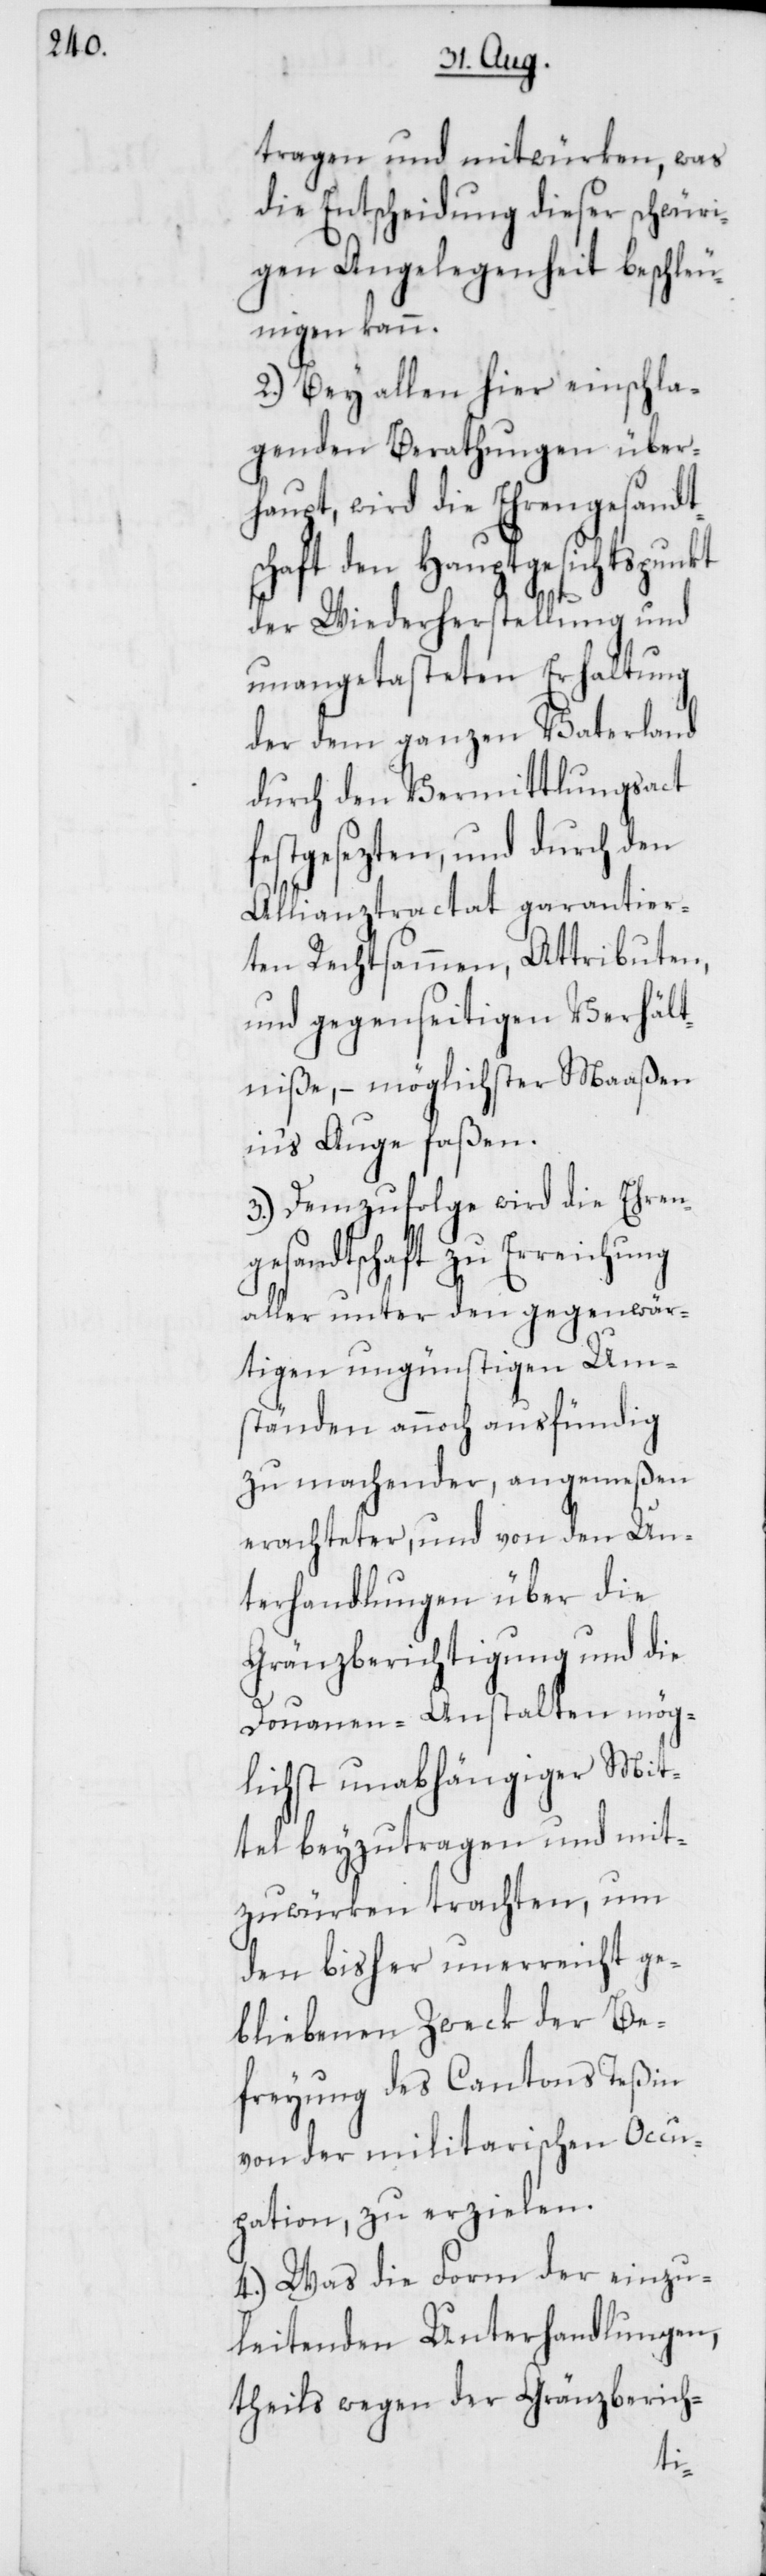
tragen und mitwürken, was
die Entscheidung dieser schwüri¬
gen Angelegenheit beschleu¬
nigen kann.
2.) Bey allen hier einschla¬
genden Berathungen über¬
haupt, wird die Ehrengesandt¬
schaft dem Hauptgesichtspunkt
der Wiederherstellung und
unangetasteten Erhaltung
der dem ganzen Vaterland
durch den Vermittlungsact
festgesezten, und durch den
Allianztractat garantier¬
ten Rechtsammen, Attributen,
und gegenseitigen Verhält¬
niße, – möglichster Maaßen
in‘s Auge faßen.
3.) Demzufolge wird die Ehren¬
gesandtschaft zu Erreichung
aller unter den gegenwär¬
tigen ungünstigen Um¬
ständen annoch ausfündig
zu machender, angemeßen
erachteter und von den Un¬
terhandlungen über die
Gränzberichtigung und die
Douanen-Anstalten mög¬
lichst unabhängiger Mit¬
tel beyzutragen und mit¬
zuwürken trachten, um
den bisher unerreicht ge¬
bliebenen Zweck der Be¬
freyung des Cantons Teßin
von der militarischen Occu¬
pation, zu erzielen.
4.) Was die Form der einzu¬
leitenden Unterhandlungen,
theils wegen der Gränzberich-